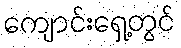
ကျောင်းရှေ့တွင်